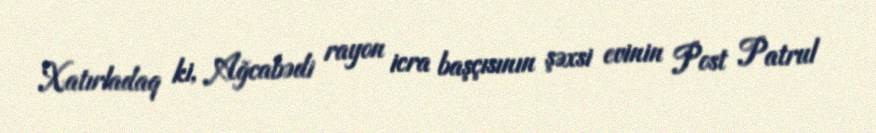
Xatırladaq ki, Ağcabədi rayon icra başçısının şəxsi evinin Post Patrul